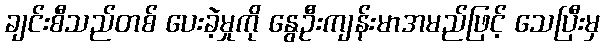
ချင်းစီသည်တစ် ပေးခဲ့မှုကို နွေဦးကျန်းမာအမည်ဖြင့် သေပြီးမှ